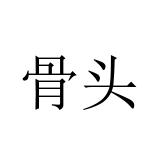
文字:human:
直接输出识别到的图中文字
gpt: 骨头